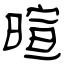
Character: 暄